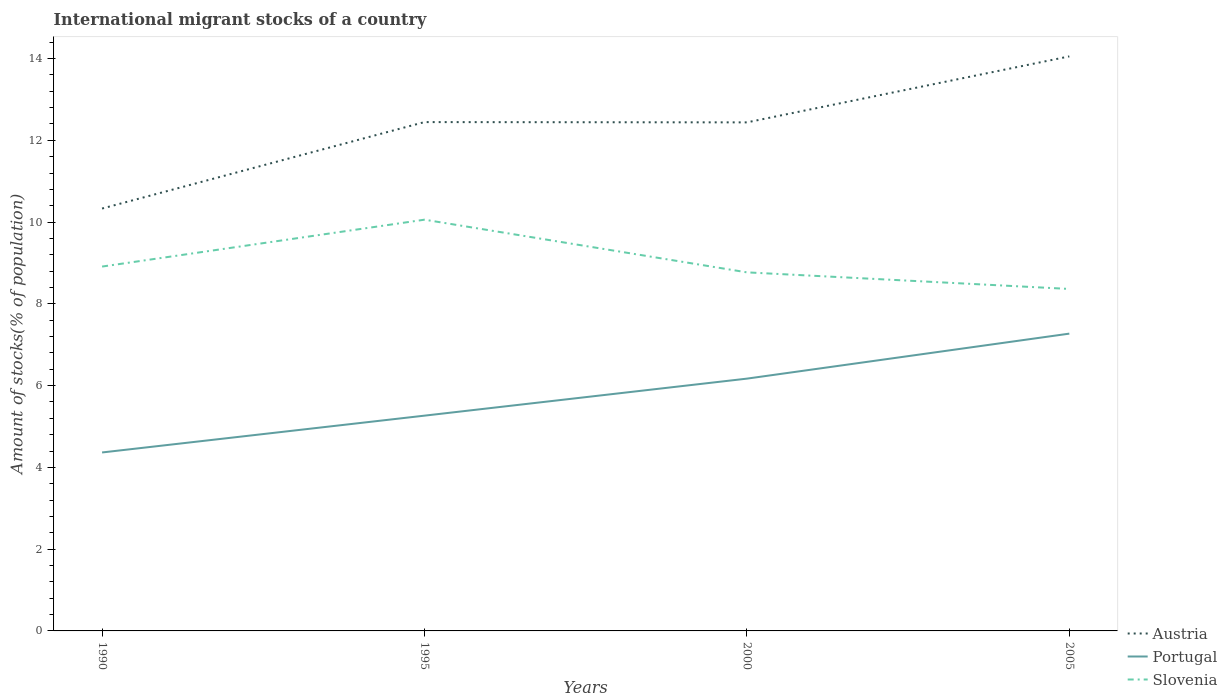
| Years | Austria | Portugal | Slovenia |
 | --- | --- | --- | --- |
 | 1990 | 10.3 | 4.37 | 8.91 |
 | 1995 | 12.4 | 5.27 | 10.1 |
 | 2000 | 12.4 | 6.17 | 8.77 |
 | 2005 | 14.1 | 7.27 | 8.36 |